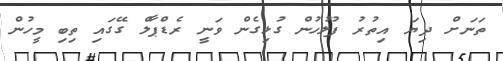
ތަނަށް ދިޔަ އިތުރު ފުލުހުން ގުޅިގެން ވަނީ ރެޑްޕާލް ގޭގައި ތިބި މީހުން